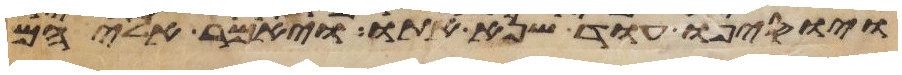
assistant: ויוסיפו עוד שנא אתו ויאמר אליהם